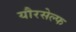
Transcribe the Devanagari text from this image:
यौरसेल्फ